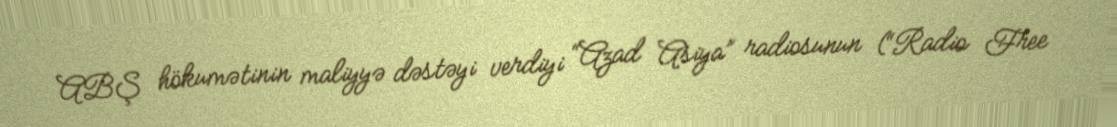
ABŞ hökumətinin maliyyə dəstəyi verdiyi “Azad Asiya” radiosunun (“Radio Free